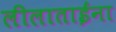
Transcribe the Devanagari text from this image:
लीलाताईंना